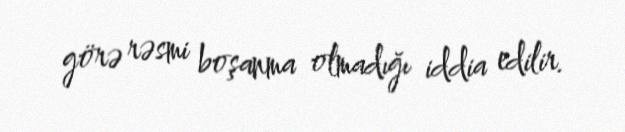
görə rəsmi boşanma olmadığı iddia edilir.